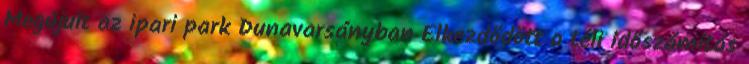
Megújult az ipari park Dunavarsányban Elkezdődött a téli időszámítás